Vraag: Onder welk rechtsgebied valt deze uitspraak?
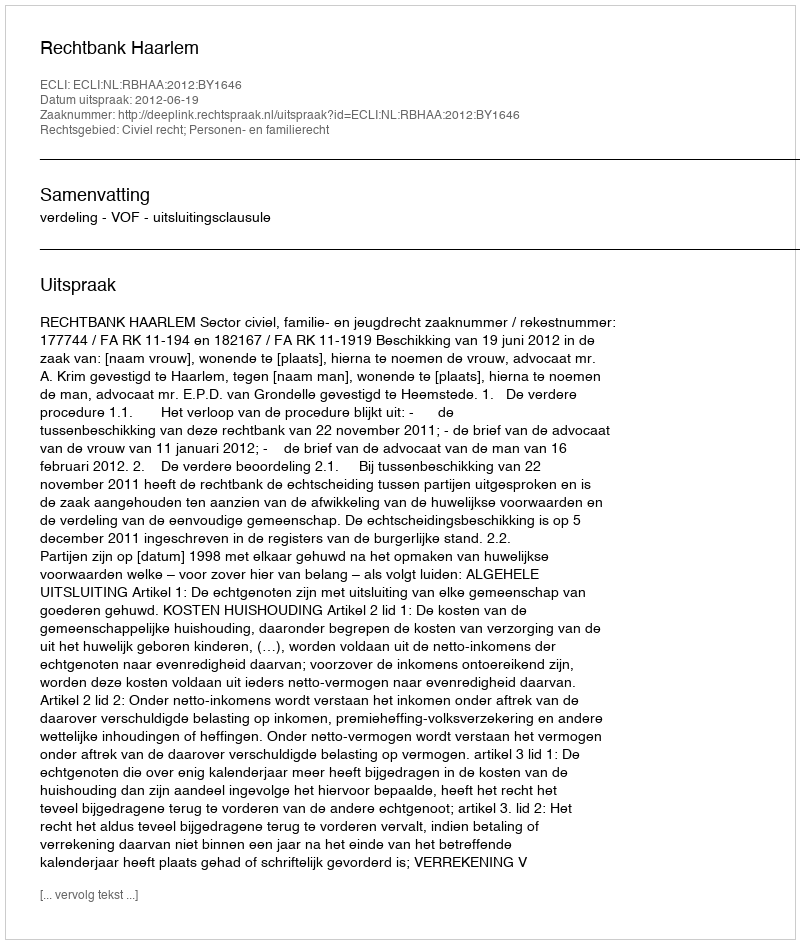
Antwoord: Civiel recht; Personen- en familierecht